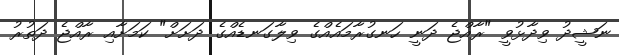
ނަޝީދު ވިދާޅުވީ "ރާއްޖެ ދަނީ ހަނގުރާމައެއްގެ ވިލާގަނޑެއްގެ ދަށަށް" ކަމަށާއި ރާއްޖެ ދަތުރު